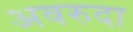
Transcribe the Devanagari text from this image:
अवरुदा